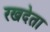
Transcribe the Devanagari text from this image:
रखदेता